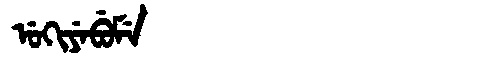
Manchu: ᡠᡴᡳᠶᡝᠪᡠᠮᡝ
Romanization: UKIYEBUME